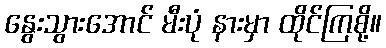
နွေးသွားအောင် မီးပုံ နားမှာ ထိုင်ကြစို့။